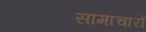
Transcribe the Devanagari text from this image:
सामाचारों